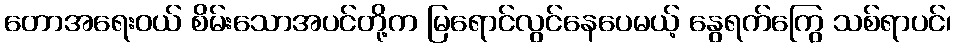
တောအရေးဝယ် စိမ်းသောအပင်တို့က မြရောင်လွင်နေပေမယ့် နွေရက်ကြွေ သစ်ရာပင်၊